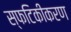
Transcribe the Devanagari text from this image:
स्फटिकीकरण